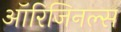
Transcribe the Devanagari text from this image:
ऑरिजिनल्स